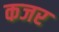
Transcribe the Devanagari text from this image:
कजर